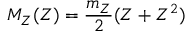
M _ { Z } ( Z ) = \frac { m _ { Z } } { 2 } ( Z + Z ^ { 2 } )